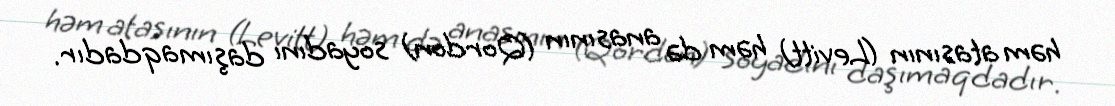
həm atasının (Levitt) həm də anasının (Qordon) soyadını daşımaqdadır.